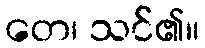
တေ၊ သင်၏။